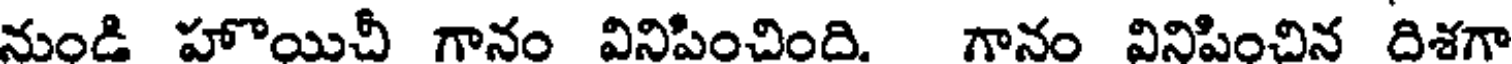
నుండి హొయిచీ గానం వినిపించింది. గానం వినిపించిన దిశగా